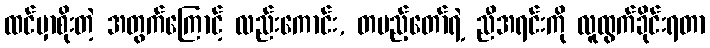
ထင်မှာစိုးတဲ့ အတွက်ကြောင့် လည်းကောင်း, တပည့်တော်ရဲ့ ညီအရင်းကို လူထွက်ခိုင်းရတာ